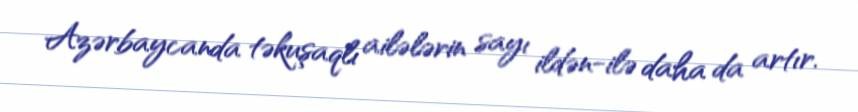
Azərbaycanda təkuşaqlı ailələrin sayı ildən-ilə daha da artır.